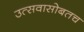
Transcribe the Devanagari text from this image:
उत्सवासोबतच